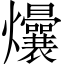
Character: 𬋟